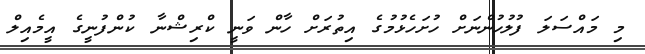
މި މައްސަލަ ފުލުހުންނަށް ހުށަހެޅުމުގެ އިތުރަށް ހާން ވަނީ ކްރިޝްނާ ކުންފުނީގެ އީމެއިލް